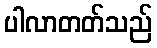
ပါလာတတ်သည်